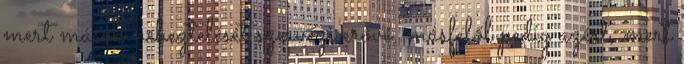
mert mások neheztelését szervezi erővé, másfelől pedig azért, mert